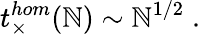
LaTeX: t_{\times}^{hom}(\mathbb{N})\sim\mathbb{N}^{1/2}\; .